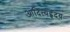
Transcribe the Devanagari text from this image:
आदित्यहृदय